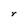
Character: r